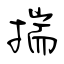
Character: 揣